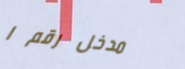
مدخل رقم ١